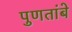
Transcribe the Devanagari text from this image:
पुणतांबे